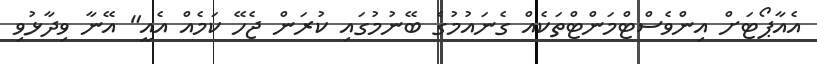
އެއާޕޯޓަށް އިންވެސްޓްމަންޓްތަކެއް ގެނައުމުގެ ބޭނުމުގައި ކުރަން ޖެހޭ ކަމެއް އެއީ" އޭނާ ވިދާޅުވި